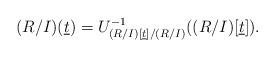
LaTeX: \begin{align*}(R/I)(\underline t) = U_{(R/I)[\underline{t}]/(R/I)}^{-1}((R/I)[\underline{t}]). \end{align*}